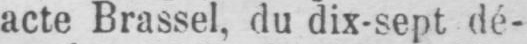
acte Brassel, du dix-sept dé-